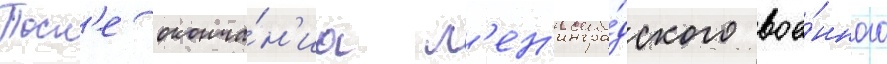
Посл'е оконча́н'иа л'ен'ингра́дского вое́нного